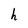
Character: h